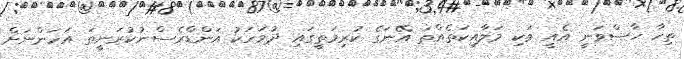
ތިހާ ހާސްވަނީ އެއީ ވަކި މަލާއިކަތެއްތަ އޭނަގެ ކުރިމަތީގައި ދުވަހަކު އަންޑްރެސްނުކުރަނީތަ އަހަންނަށް